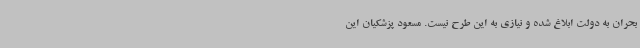
بحران به دولت ابلاغ شده و نیازی به این طرح نیست. مسعود پزشکیان این